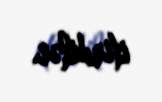
itirdilər.